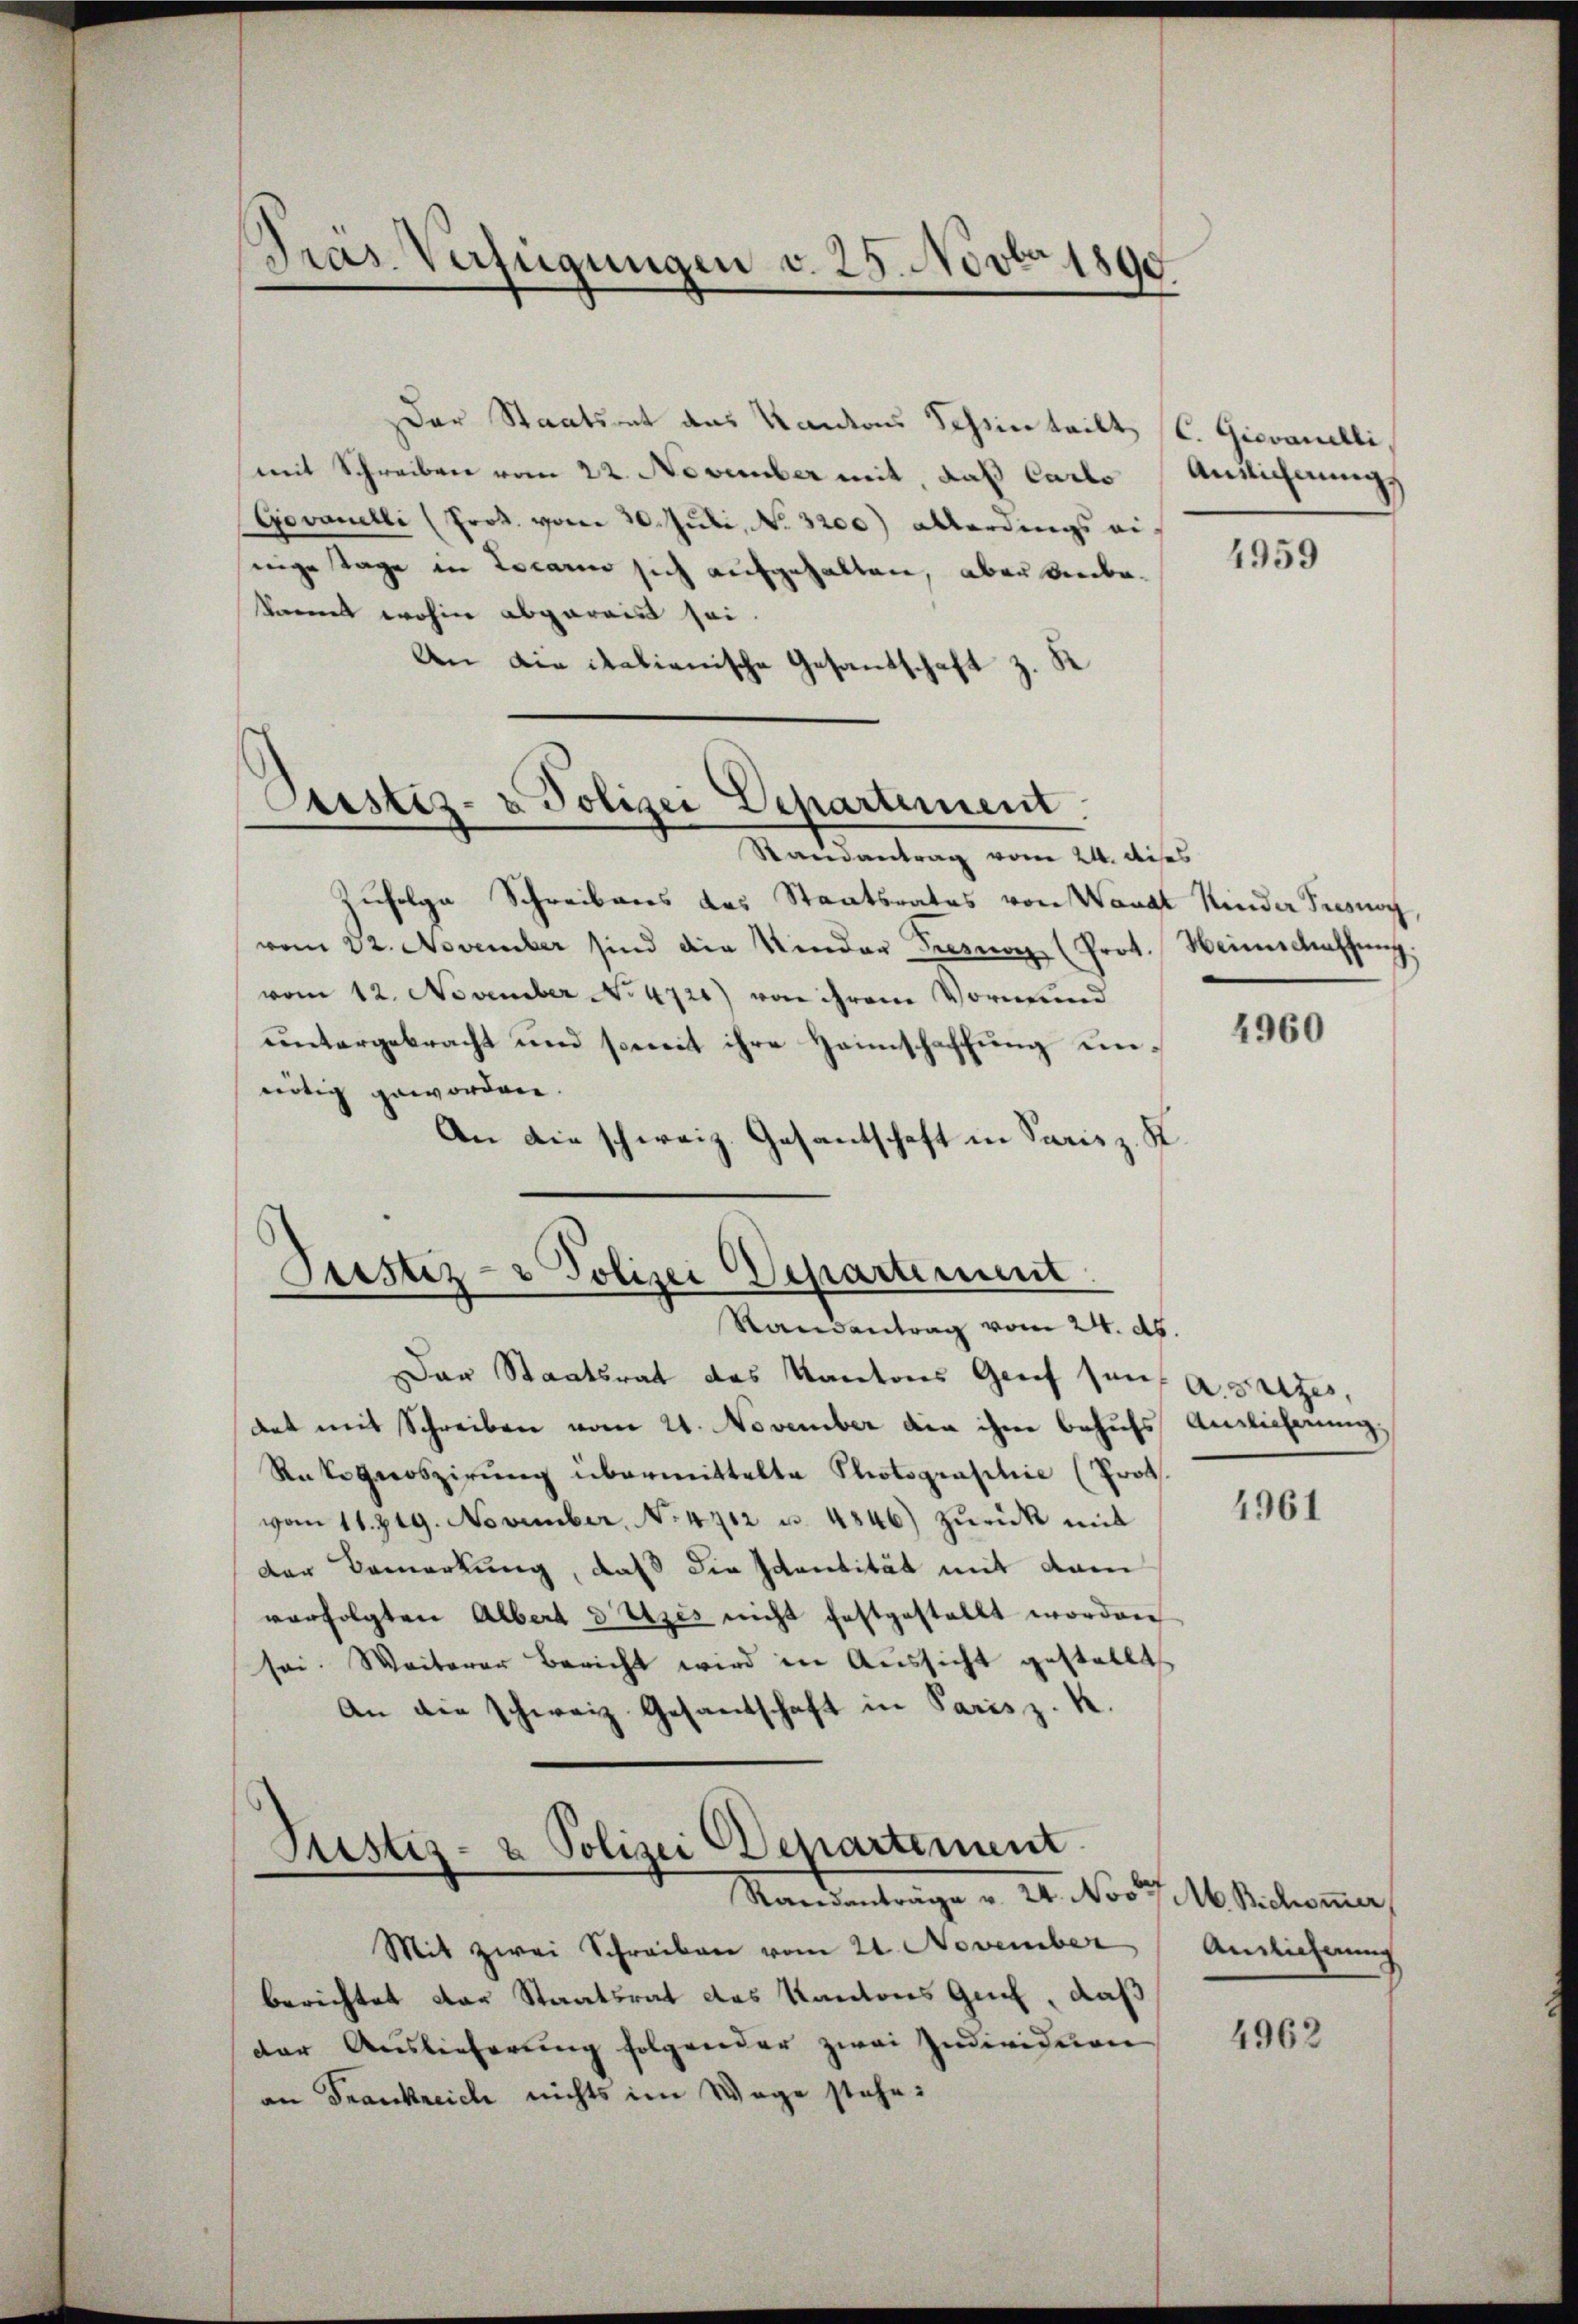
Gras Verfügungen v. 25. Novbr 1890

Der Staatsrat des Kantons Scheinteilt
mit Schreiben vom 22. November mit, daß Carto
Govanelli (Prot. vom 30. Juli, No. 3200) allerdings einige Tage in Locarn sich aufgehalten, aber anbekannt wohin abgerais sei.
An die italienische Gesandschaft z. K

Custiz- & Polizei Departement.

Randantrag vom 24. dises
Zufolge Schreibens des Staatsrates von Waadt Kinder Tresnoy
vom 22. November sind die Kinder Tresner (Prot. Weinschaffung.
vom 12. November No 4720) von ihrem Vormund
untergebracht und soweit ihre Heimschaffung unnötig geworden.
An die schweiz. Gesantschaft in Paris z. K

Justiz- & Polizei Departement
.
Randentrag vom 24. ds.

Mit zwei Schreiben vom 21. November
berichtet der Staatsrat des Kantons Gut, daß
der Auslieferung folgender zwei Individuen
an Frankreich nichts im Wege stehe.

Das Staatsrat des Kantons Grief sans A. Satzes,
dat mit Schreiben vom 21. November die ihre behufs Auslieferung.
Rücke groszirung übermittelte Photograsilie (Prot
vom 11. 219. November, No. 4712 u. 4846) zŭrück mit
der Bemerkung, daß die Identität mit dem
verfolgten Albert d Uzis nicht festgestellt worden
sei. Weiterer Bericht wird in Aussicht gestellt
An die schweiz. Gesandschaft in Paris z. K.

Justiz- & Polizei Departement
Randanträge v. 24. Nov. v. M. Bichommer,

C. Giovanelli
Auslichnung

4959

4960

4961

Anglicherung

4962